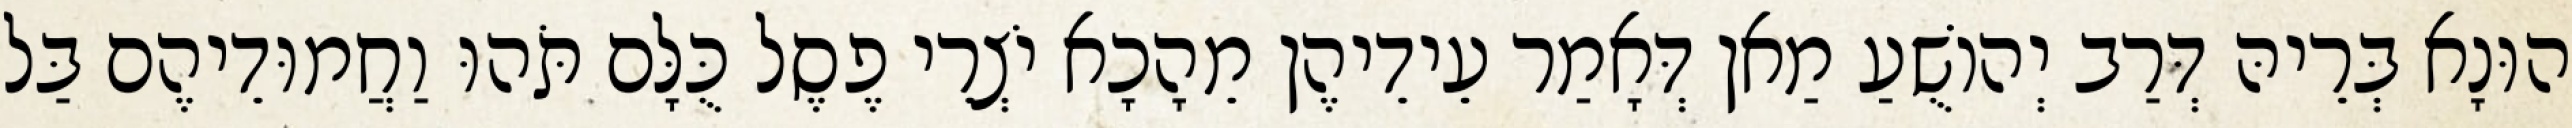
הוּנָא בְּרֵיהּ דְּרַב יְהוֹשֻׁעַ מַאן דְּאָמַר עֵידֵיהֶן מֵהָכָא יֹצְרֵי פֶסֶל כֻּלָּם תֹּהוּ וַחֲמוּדֵיהֶם בַּל